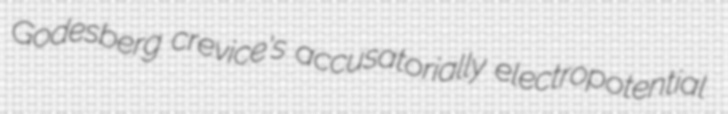
Godesberg crevice's accusatorially electropotential